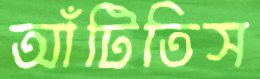
আঁটিতিস